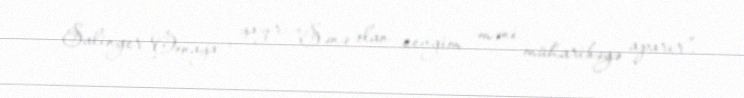
Salinger Oonaya yazır: “Sənə olan sevgim məni müharibəyə aparır”.